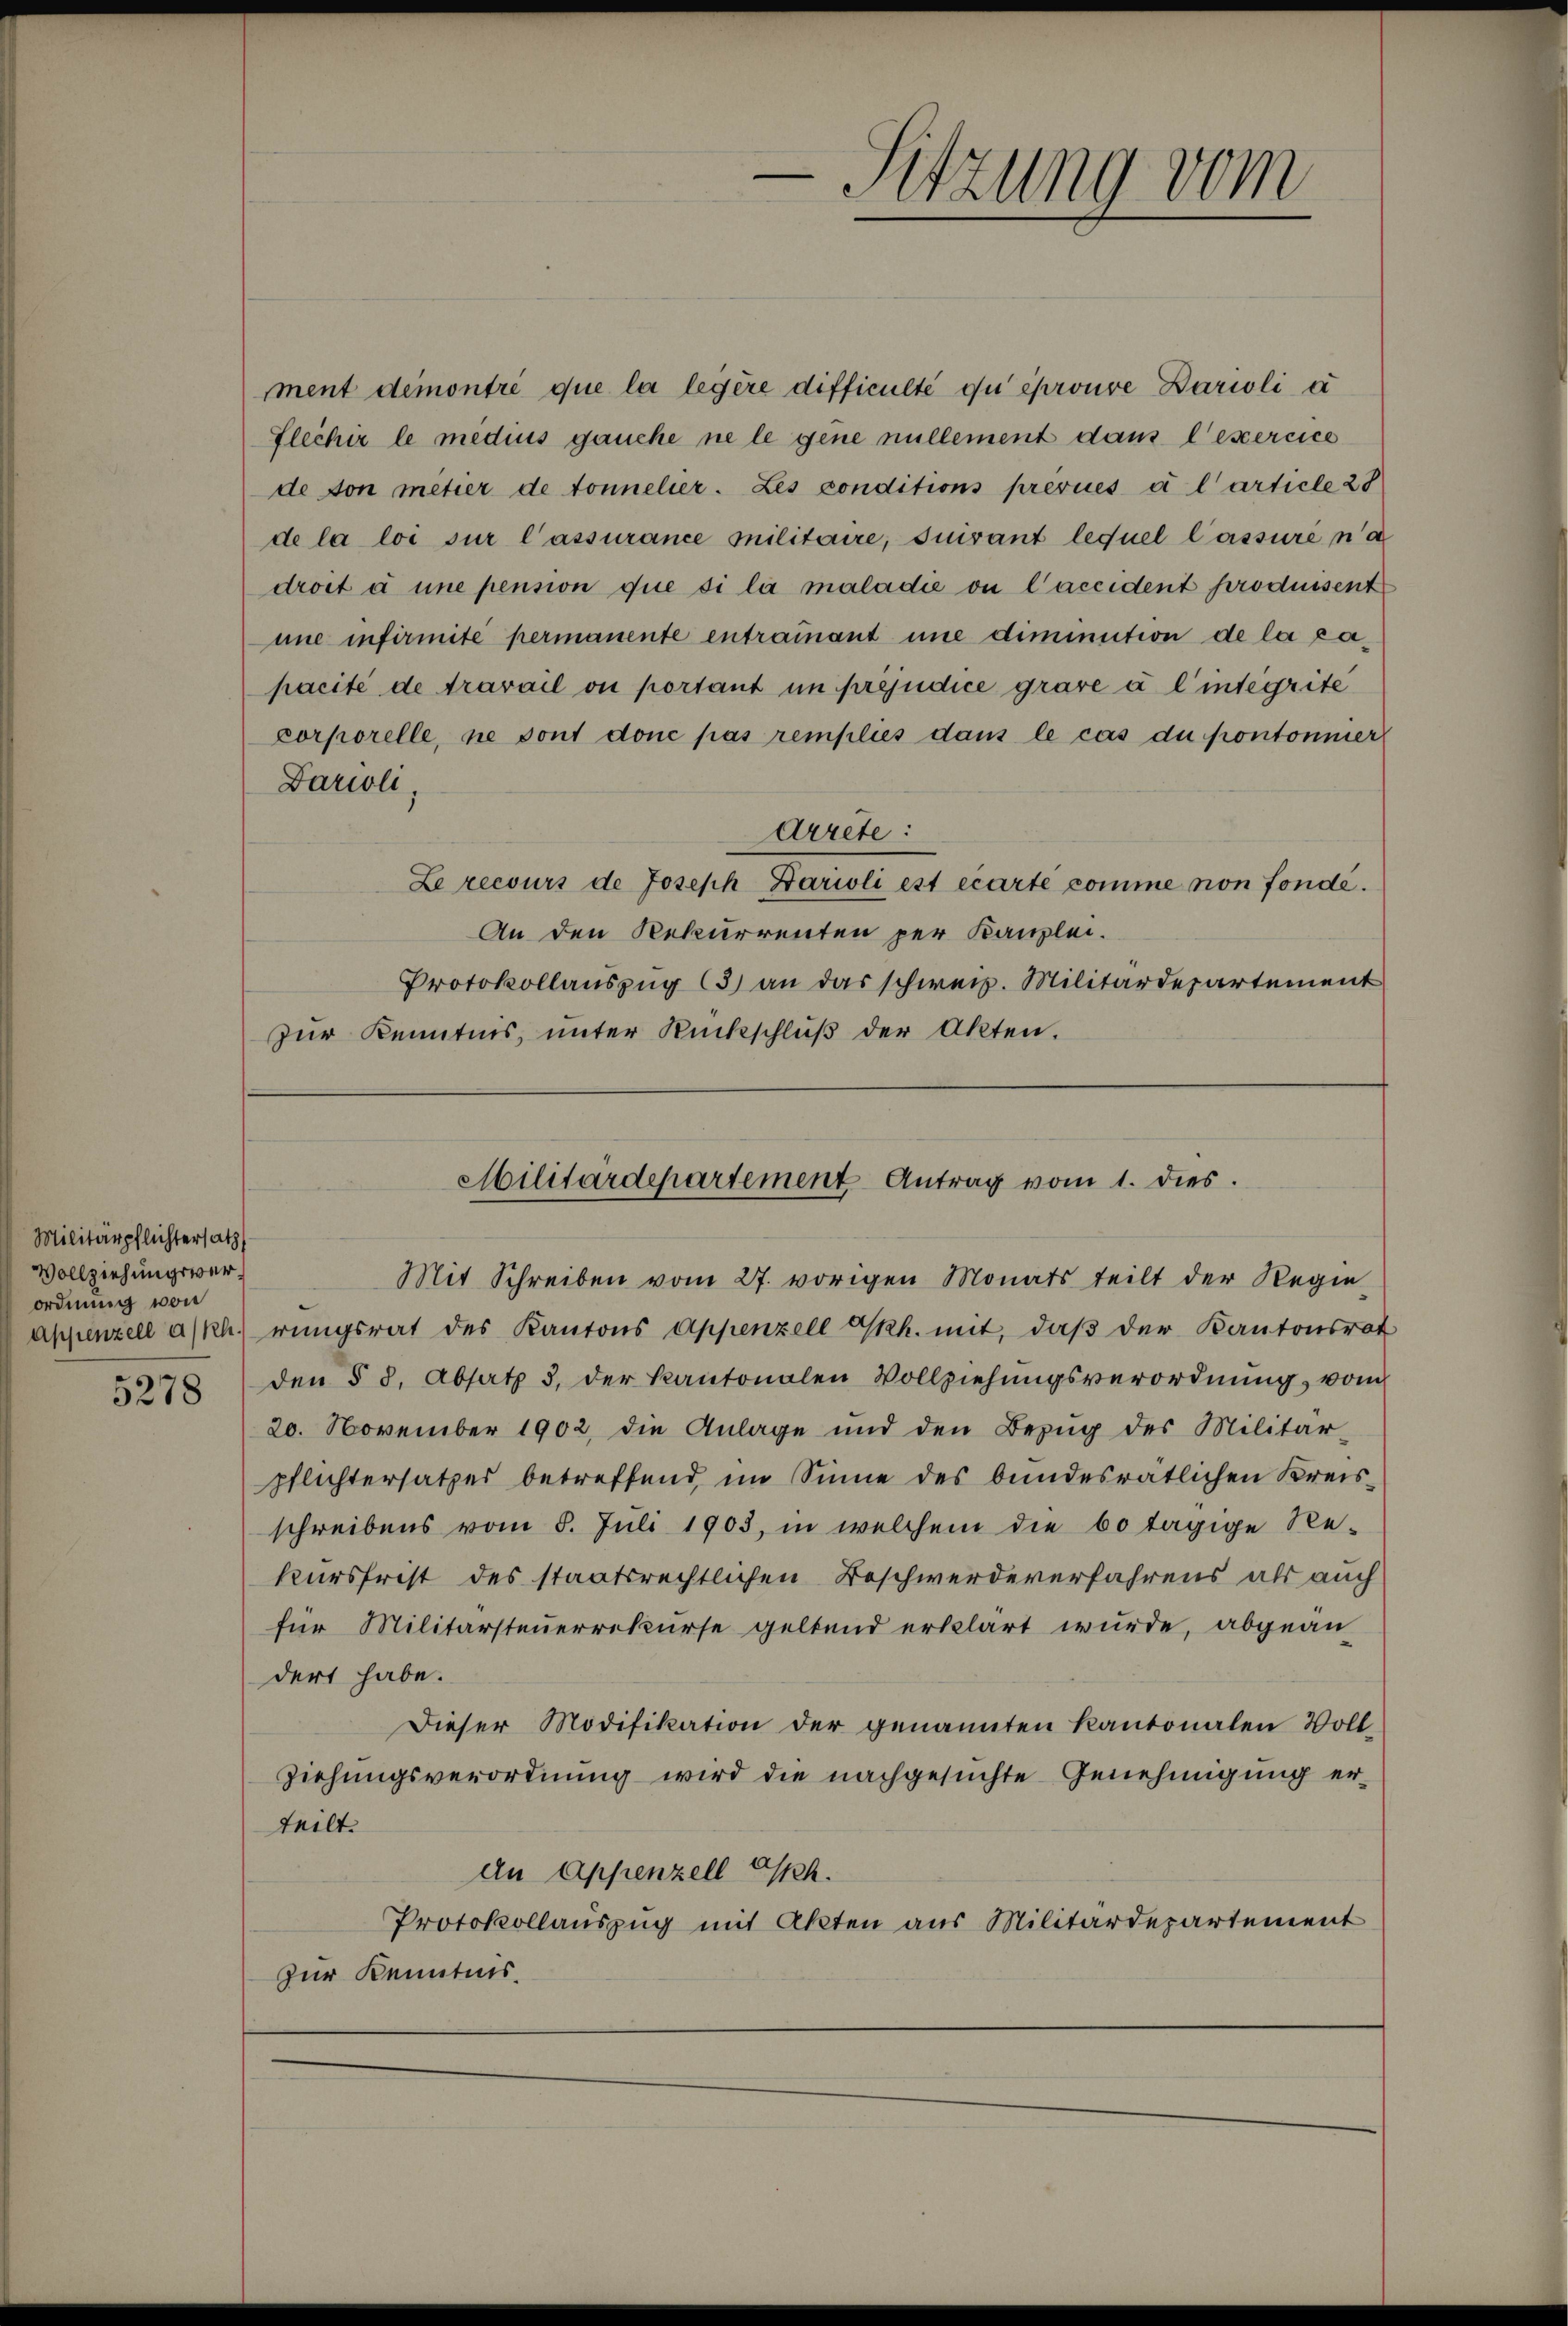
Militärpflichtersatz
Vollziehungsverordnung von

5278

mment demontré que la legere difficulté du éprouve Darioli a
Flechir le medius gauche ne le gene nullement dans l’exercice
de von metier de tonnelier. Les conditions prevues à l’article 28
de la loi sur l’assurance militaire, suivant lequel lassuré n’a
droit à une pension que si la maladie ou l’accident produisent
une infirmité permanente entramant une diminution de la capacité de travail ou portant in préjudice grave à l’intégrite
corporelle, ne sont donc pas remplies dans le cas du pontonnier
Barioli,
Arrete:
Le recours de Joseph Harioli est écarte comme non fondé¬
An den Rekurrenten per Kanzlei.
Protokollauszug (3) an das schweiz. Militärdepartement
zur Kenntnis, unter Rückschluß der Akten.

Mit Schreiben vom 27. vorigen Monats teilt der Regie¬
Appenzell a/Rh.) rŭngsrat des Kantons Appenzell Gkh. mit, daβ der Kantonsrat
den § 8. Absatz 3. der Kantonalen Vollziehŭngsverordnŭng, vom
20. November 1902, die Anlage und den Bezŭg des Militär-
pflichtersatzes betreffend im Sinne des bundesrätlichen Kreisschreibens vom 8. Juli 1903, in welchem die 60 tägige Re-
kursfrist des staatsrechtlichen Beschwerde verfahrens als auch
für Militärsteuerrekurse geltend erklärt wurde, abgeän
dert habe.
Dieser Modifikation der genannten Kantonalen Voll-
Ziehungsverordnung wird die nachgesuchte Genehmigung erteilt.
An Appenzell Ch.
Protokollauszug mit Akten aus Militärdepartement
zur Kenntnis.

Sitzung vom

Militärdepartement Antrag vom 1. dies.